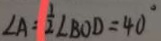
\angle A = \frac { 1 } { 2 } \angle B O D = 4 0 ^ { \circ }